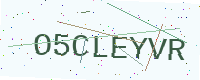
Text: O5CLEYVR